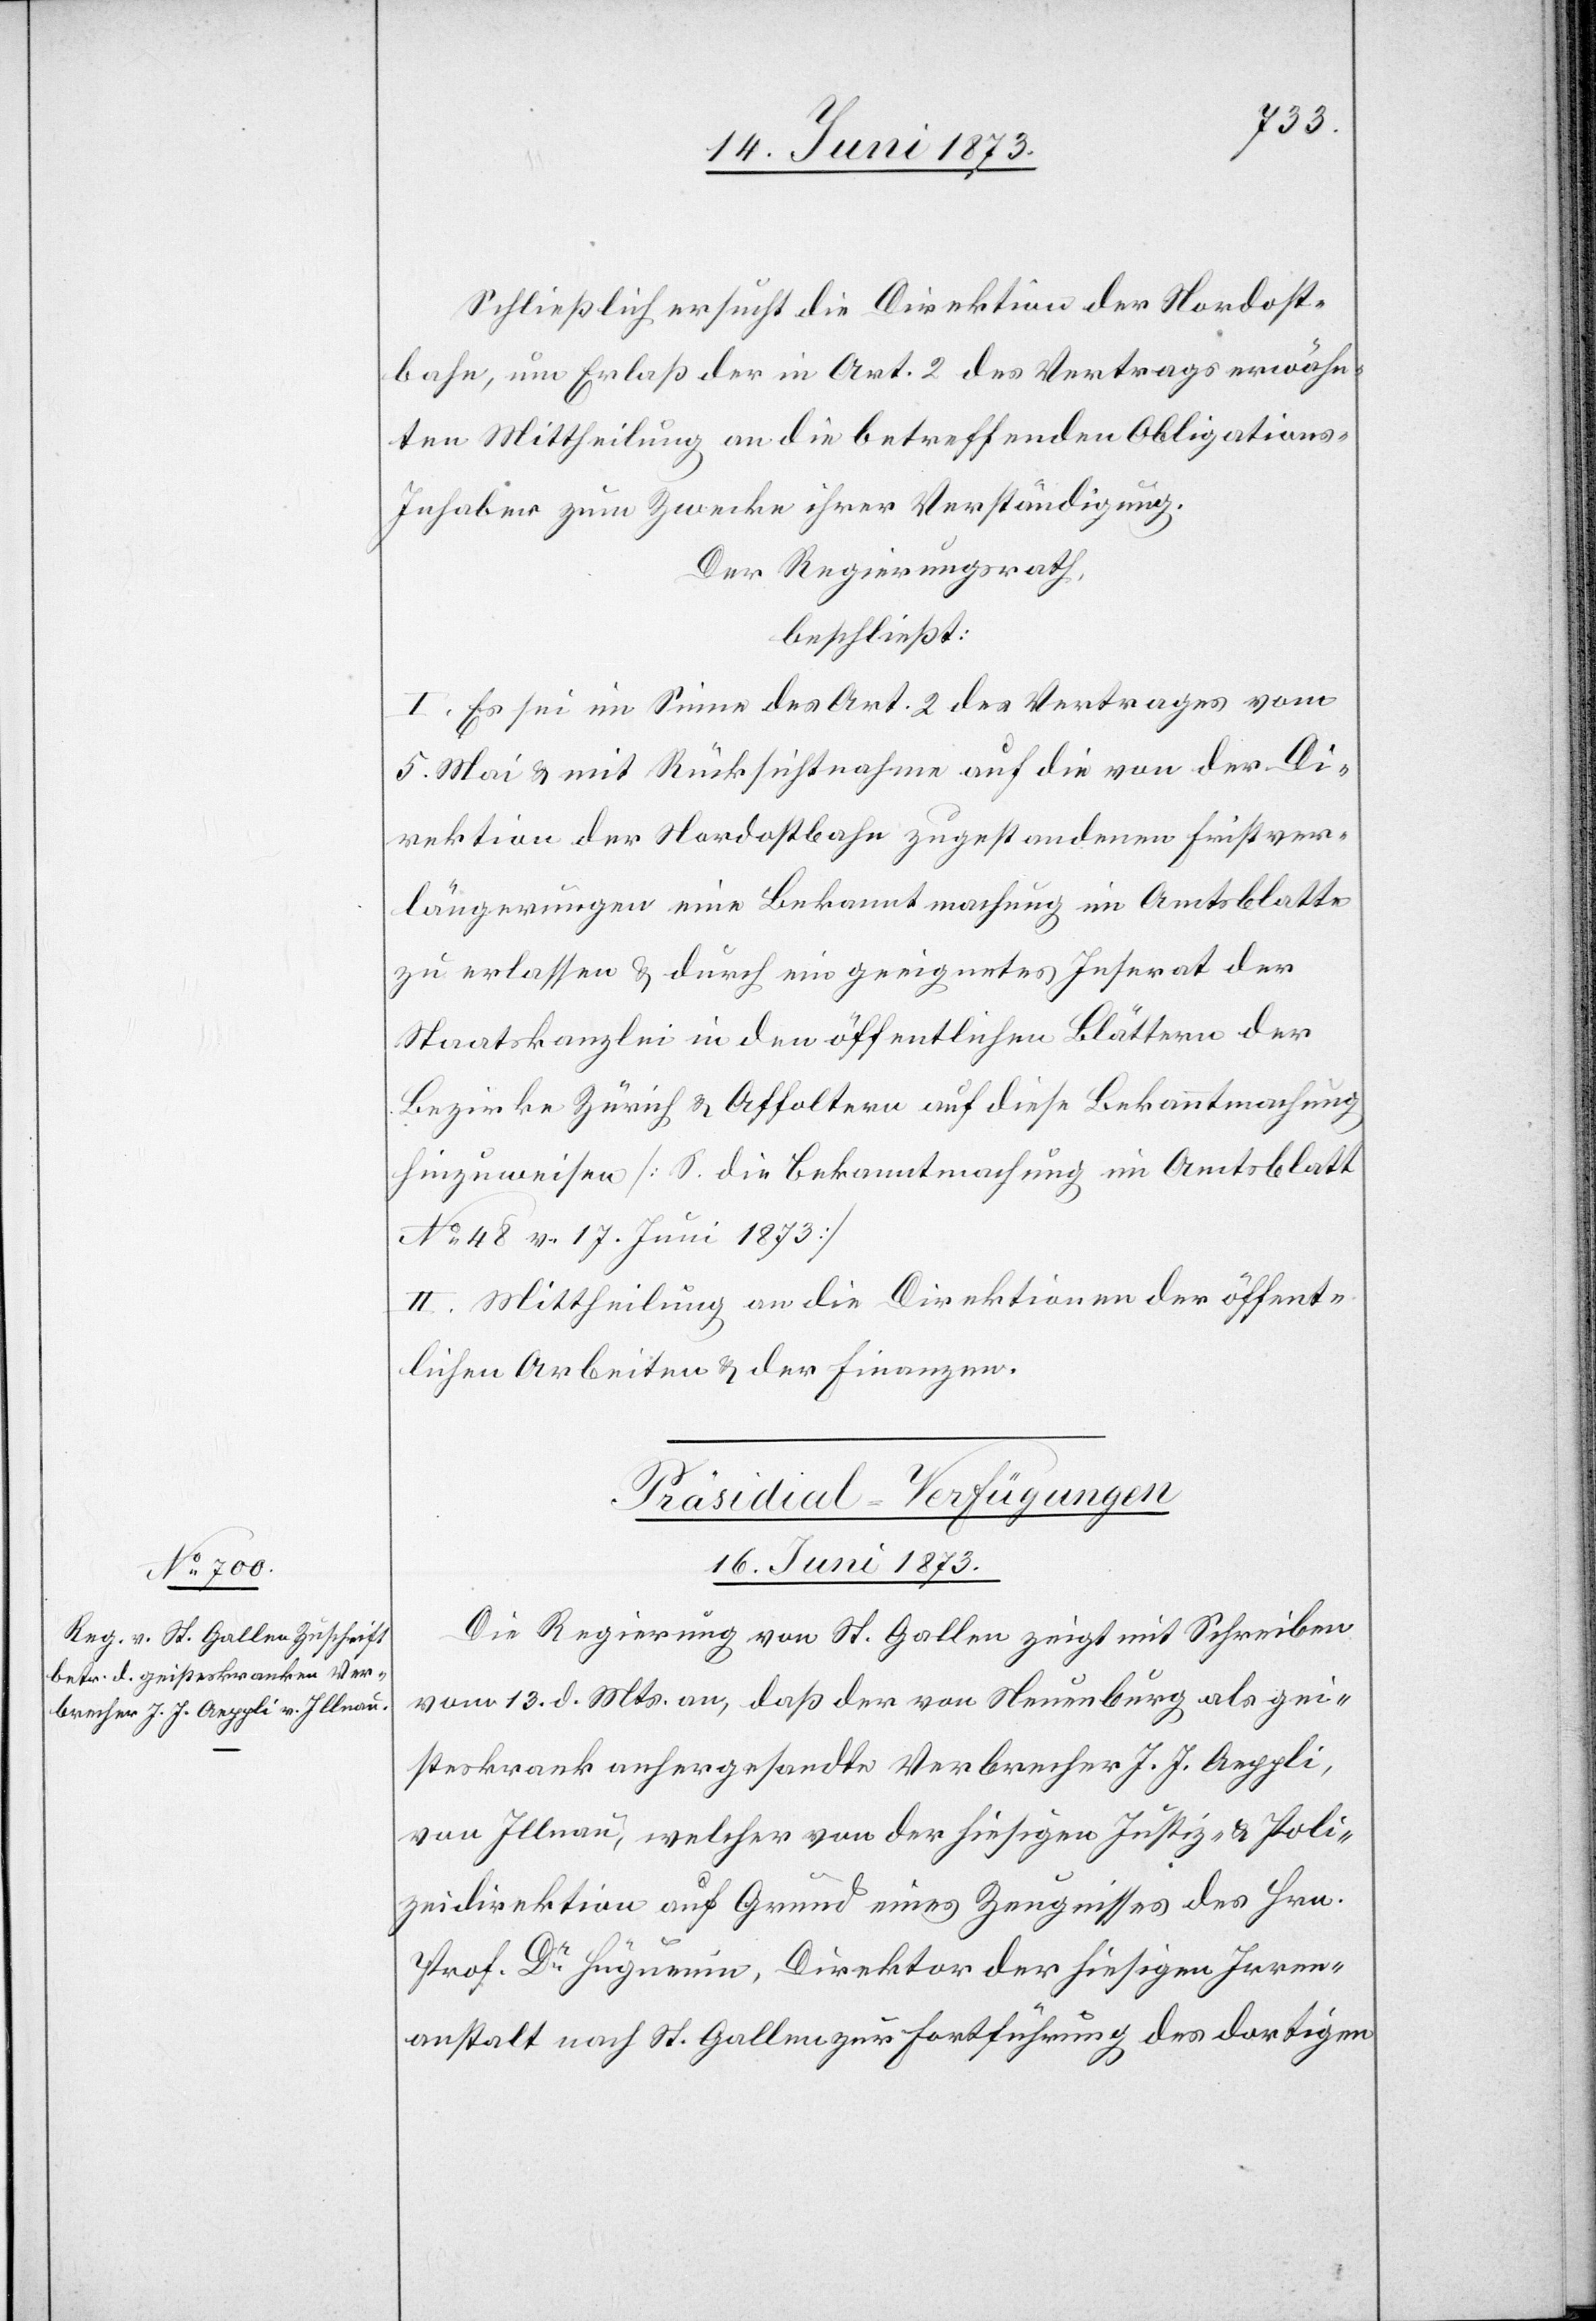
Schließlich ersucht die Direktion der Nordost¬
bahn, um Erlaß der in Art. 2 des Vertrags erwähn¬
ten Mittheilung an die betreffenden Obligations-I¬
nhaber zum Zwecke ihrer Verständigung.
Der Regierungsrath,
beschließt:
I. Es sei im Sinne des Art. 2 des Vertrages vom
5. Mai & mit Rücksichtnahme auf die von der Di¬
rektion der Nordostbahn zugestandenen Fristver¬
längerungen eine Bekanntmachung im Amtsblatte
zu erlassen & durch ein geeignetes Inserat der
Staatskanzlei in den öffentlichen Blättern der
Bezirke Zürich & Affoltern auf diese Bekanntmachung
hinzuweisen [S. die Bekanntmachung im Amtsblatt
No 48 v. 17. Juni 1873]
II. Mittheilung an die Direktion der öffent¬
lichen Arbeiten & der Finanzen.
Präsidial-Verfügungen
16. Juni 1873.
Die Regierung von St. Gallen zeigt mit Schreiben
vom 13. d. Mts. an, daß der von Neuenburg als gei¬
steskrank anhergesandte Verbrecher J. J. Aeppli,
von Illnau, welcher von der hiesigen Justiz- & Poli¬
zeidirektion auf Grund eines Zeugnisses des Hrn.
Prof. Dr Hüguenin, Direktor der hiesigen Irren¬
anstalt nach St. Gallen zur Fortführung des dortigen